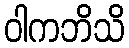
ဝါကဘိသိ